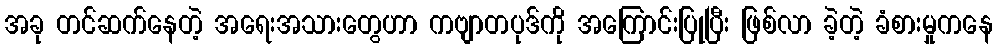
အခု တင်ဆက်နေတဲ့ အရေးအသားတွေဟာ ကဗျာတပုဒ်ကို အကြောင်းပြုပြီး ဖြစ်လာ ခဲ့တဲ့ ခံစားမှုကနေ